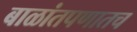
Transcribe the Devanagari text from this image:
बाळांतपणातच